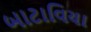
બાટાવિયા